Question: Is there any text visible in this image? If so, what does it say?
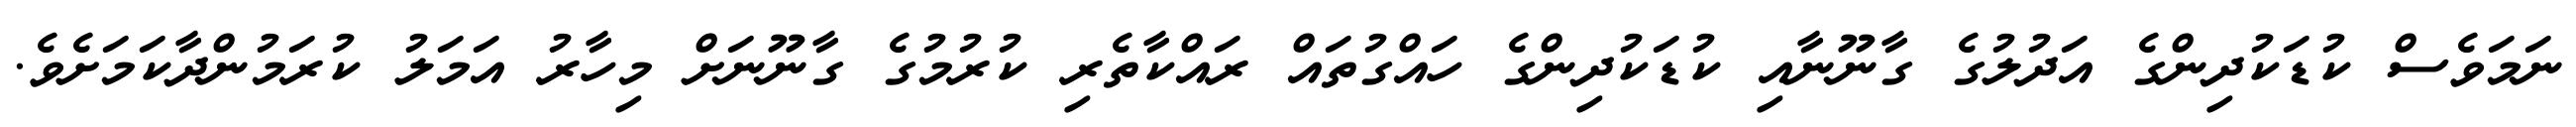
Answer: ނަމަވެސް ކުޑަކުދިންގެ އަދުލުގެ ގާނޫނާއި ކުޑަކުދިންގެ ހައްގުތައް ރައްކާތެރި ކުރުމުގެ ގާނޫނަށް މިހާރު އަމަލު ކުރަމުންދާކަމަށެވެ.